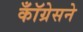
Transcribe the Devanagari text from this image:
कॉँग्रेसने